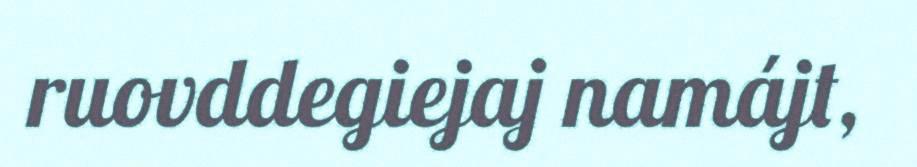
ruovddegiejaj namájt,